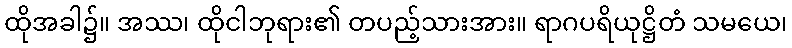
ထိုအခါ၌။ အဿ၊ ထိုငါဘုရား၏ တပည့်သားအား။ ရာဂပရိယုဋ္ဌိတံ သမယေ၊